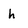
Character: h